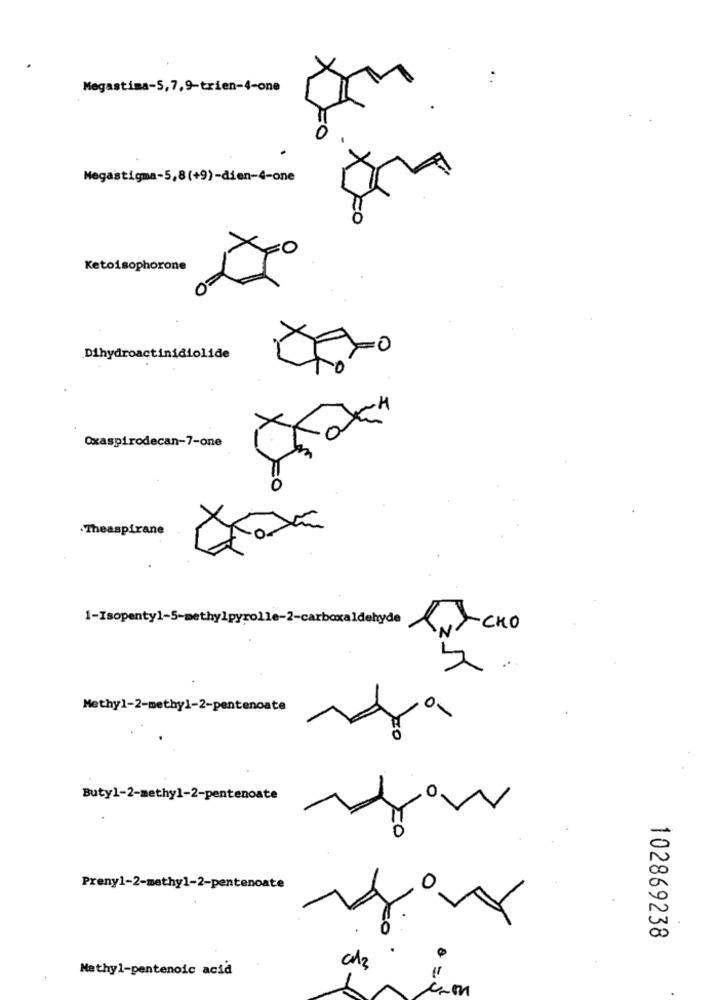
Megastima-5,7,9-trien-4-one
Megastigma-5,8(+9)-dien-4-one
Ketoisophorone
Dihydroactinidiolide
Oxaspirodecan-7-one
O
.Theaspirane
1-Isopenty1-5-methylpyrolle-2-carboxaldehyde
CHO
Methyl-2-methyl-2-pentenoate
0
30
0
Butyl-2-methyl-2-pentenoate
Preny1-2-methyl-2-pentenoate
102869238
Methyl-pentenoic acid
CA3
com